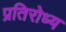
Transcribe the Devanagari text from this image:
प्रतिरोध्य